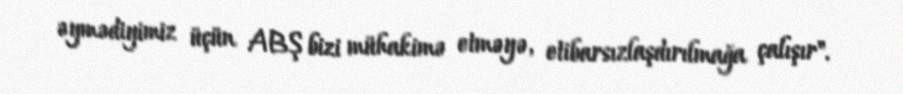
əymədiyimiz üçün ABŞ bizi mühakimə etməyə, etibarsızlaşdırılmağa çalışır".